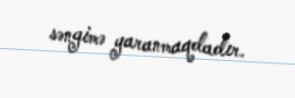
səngimə yaranmaqdadır.